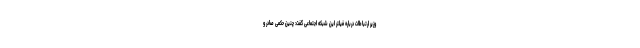
وزیر ارتباطات درباره فیلتر این شبکه اجتماعی گفت: چنین حکمی صادر و